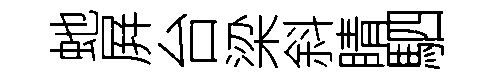
虵屛台梁斜睛駟